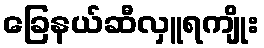
ခြေနယ်ဆီလှူရကျိုး